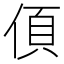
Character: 㑯